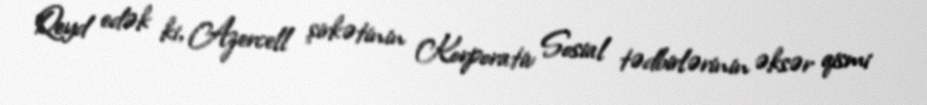
Qeyd edək ki, Azercell şirkətinin Korporativ Sosial tədbirlərinin əksər qismi